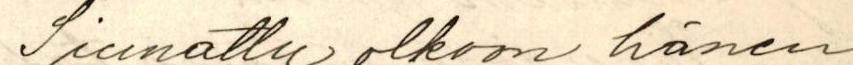
Siunattu olkoon hänen